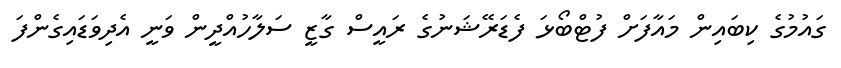
ގައުމުގެ ކިބައިން މައާފަށް ފުޓްބޯޅަ ފެޑަރޭޝަނުގެ ރައީސް ގާޒީ ސަލާހުއްދީން ވަނީ އެދިވަޑައިގެންފަ